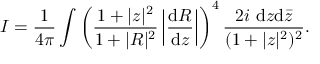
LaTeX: { \cal I } = \frac { 1 } { 4 \pi } \int \left( \frac { 1 + | z | ^ { 2 } } { 1 + | R | ^ { 2 } } \left| \frac { \mathrm { d } R } { \mathrm { d } z } \right| \right) ^ { 4 } \frac { 2 i ~ \mathrm { d } z \mathrm { d } { \bar { z } } } { ( 1 + | z | ^ { 2 } ) ^ { 2 } } .